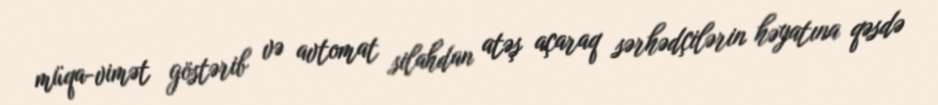
müqa­vimət göstərib və avtomat silahdan atəş açaraq sərhədçilərin həyatına qəsdə